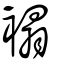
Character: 褟